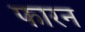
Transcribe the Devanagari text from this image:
फारन